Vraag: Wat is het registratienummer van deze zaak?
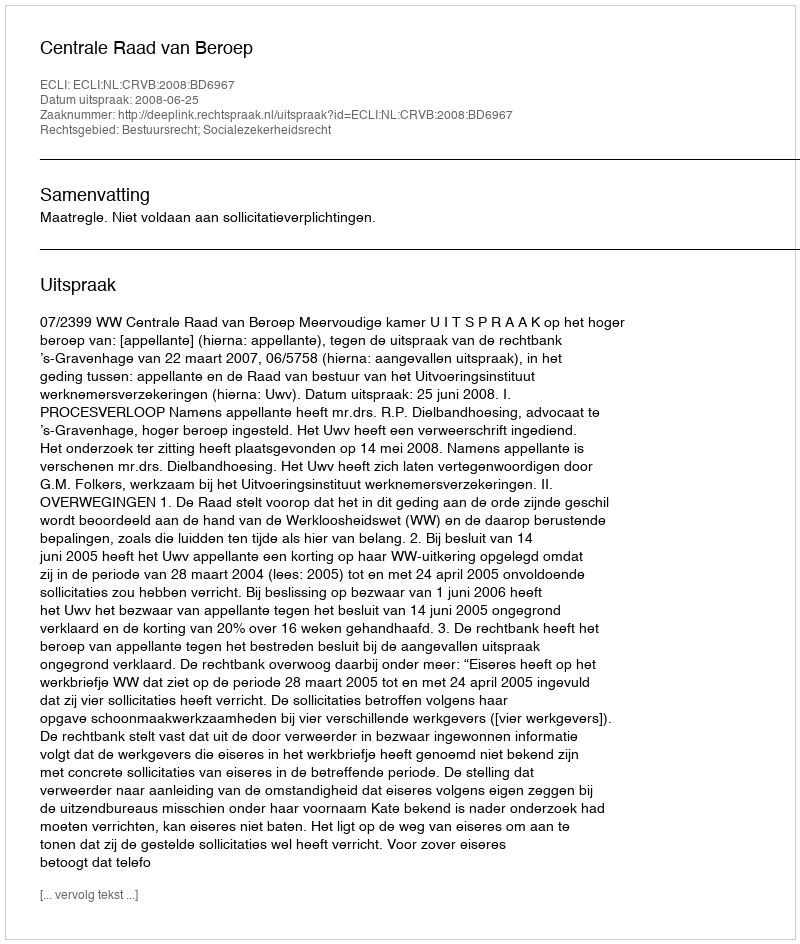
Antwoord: http://deeplink.rechtspraak.nl/uitspraak?id=ECLI:NL:CRVB:2008:BD6967